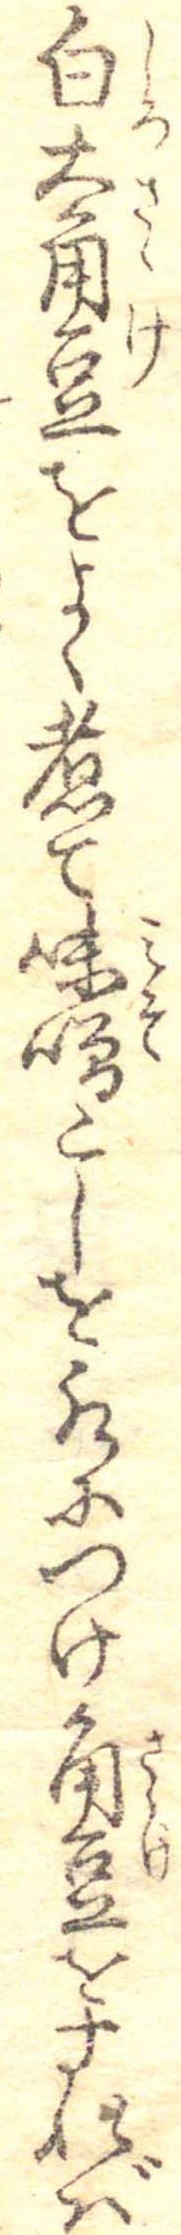
白大角豆をよく煮て味噌こしを水につけ角豆をすれば